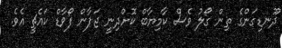
ދޫނޑިގަންގެ ތިން ގޯލު ވެސް ކާމިޔާބް ކޮށްދިނީ ޖަޕާން ފޯވާޑް ކައެޗީ އެވެ.